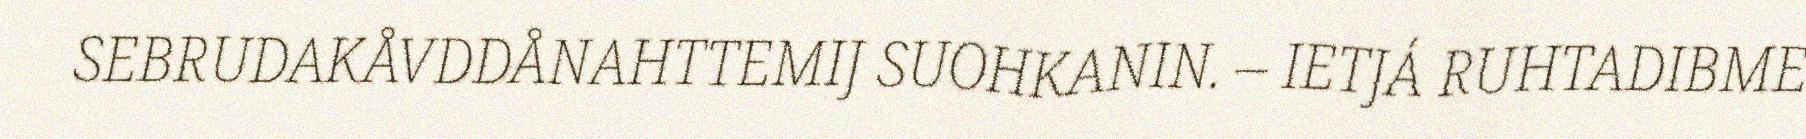
SEBRUDAKÅVDDÅNAHTTEMIJ SUOHKANIN. – IETJÁ RUHTADIBME